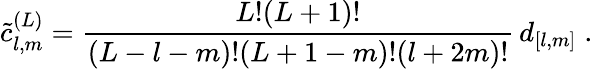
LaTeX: \tilde{c}_{l,m}^{(L)}=\frac{L!(L+1)!}{(L-l-m)!(L+1-m)!(l+2m)!}\, d_{[l,m]}\; .